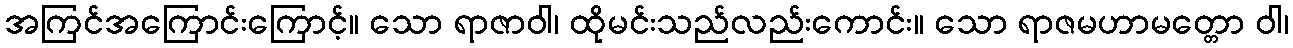
အကြင်အကြောင်းကြောင့်။ သော ရာဇာဝါ၊ ထိုမင်းသည်လည်းကောင်း။ သော ရာဇမဟာမတ္တော ဝါ၊